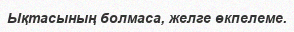
Ықтасының болмаса, желге өкпелеме.